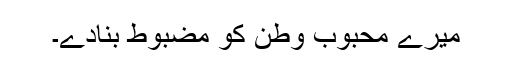
میرے محبوب وطن کو مضبوط بنادے۔